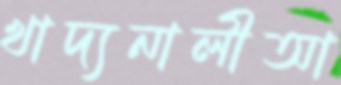
খাদ্যনালীআ